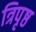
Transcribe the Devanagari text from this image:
त्रिपृष्ठ